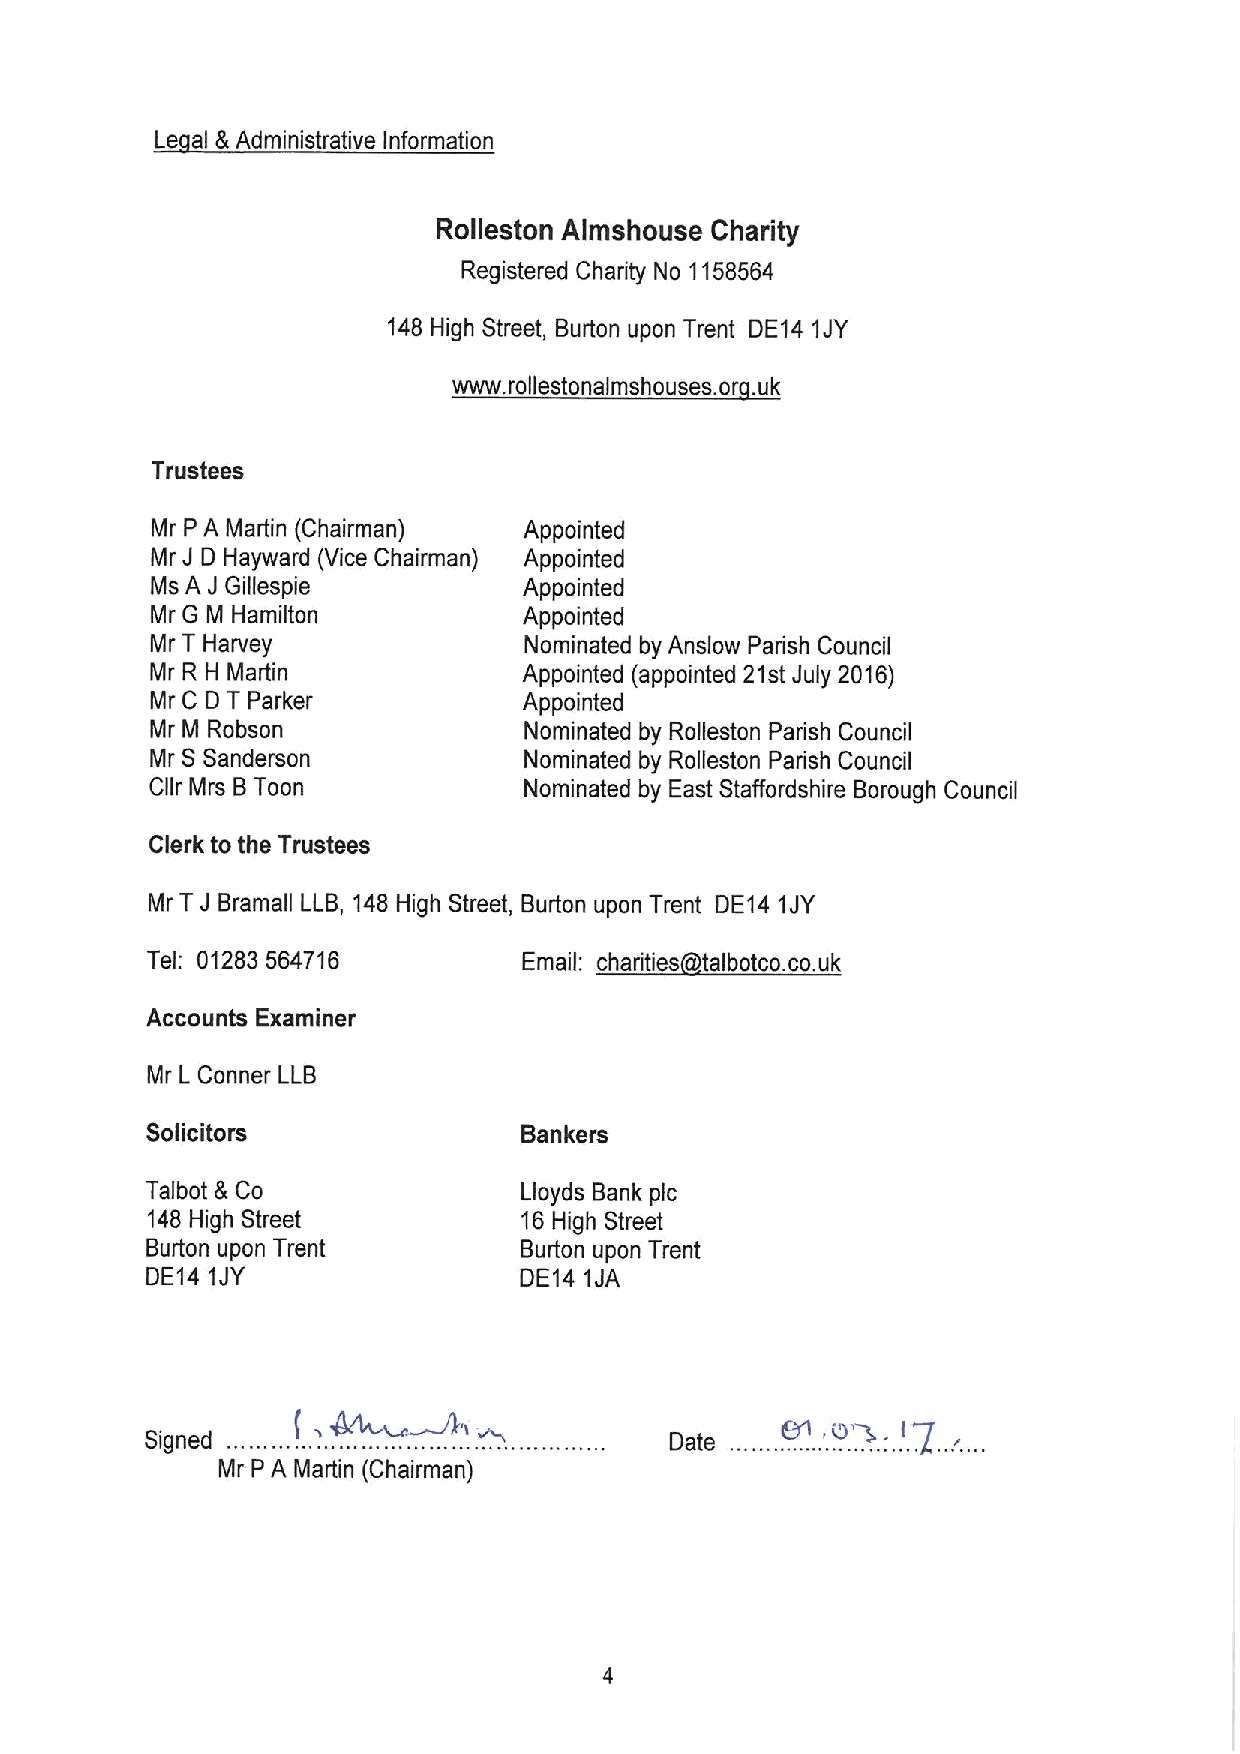
Le al &Administrative Information
 Rolleston Almshouse Charity
 Registered Charity No 1158564
 148 High Street, Burton upon Trent DE14 1JY
 www. rollestonalmshouses. or .uk
 Trustees
 Mr P A Martin (Chairman) Appointed
 J
 Mr D Hayward (Vice Chairman) Appointed
 Ms A J Gillespie         Appointed
 Mr G M Hamilton          Appointed
 Mr T Harvey              Nominated by Anslow Parish Council
 Mr R H Martin            Appointed (appointed 21st July 2016)
 Mr C D T Parker          Appointed
 Mr M Robson              Nominated by Rolleston Padsh Council
 Mr
 SSanderson
 Nominated by Rolleston Parish Council
 Cllr Mrs BToon           Nominated by East Staffordshire Borough Council
 Clerk to the Trustees
 Mr TJ Bramall LLB, 148 High Street, Burton upon Trent DE14 1JY
 Tel: 01283564716         Email: charities talbotco. co.uk
 Accounts Examiner
 Mr L Conner LLB
 Solicitors               Bankers
 Talbot &Co              Lloyds Bank pic
 148 High Street          16High Street
 Burton upon Trent       Burton upon Trent
 DE14 1JY                DE14 1JA
 ~.
 Signed                            Date ....... .'.. ..'+.:. .'. .l. ......
 Mr P A Martin (Chairman)